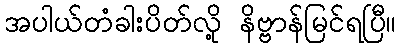
အပါယ်တံခါးပိတ်လို့ နိဗ္ဗာန်မြင်ရပြီ။